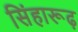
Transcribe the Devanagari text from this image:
सिंहारूढ़